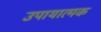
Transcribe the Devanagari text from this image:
उपायात्मक